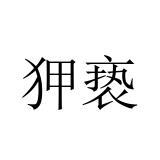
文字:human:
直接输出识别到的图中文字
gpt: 狎亵